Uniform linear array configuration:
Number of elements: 4
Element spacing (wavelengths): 1
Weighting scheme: hann
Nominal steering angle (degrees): -15
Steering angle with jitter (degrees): -14.906
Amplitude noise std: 0.05
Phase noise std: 0.05

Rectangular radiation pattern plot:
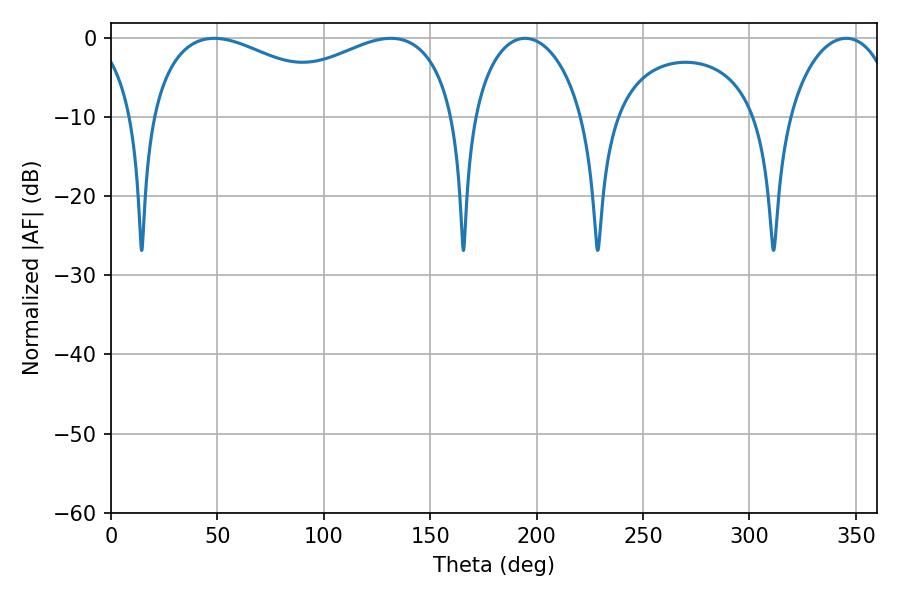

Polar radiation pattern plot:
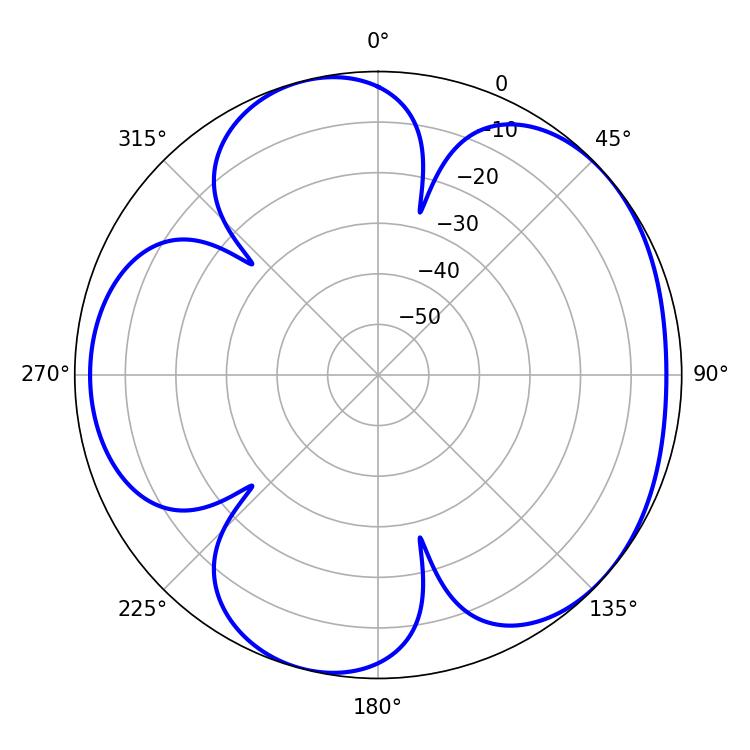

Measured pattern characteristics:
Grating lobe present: TRUE
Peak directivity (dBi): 4.777
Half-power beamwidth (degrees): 29.88
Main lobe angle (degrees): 194.58